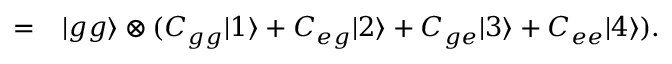
\begin{array} { r l } { = } & { { } | g g \rangle \otimes ( C _ { g g } | 1 \rangle + C _ { e g } | 2 \rangle + C _ { g e } | 3 \rangle + C _ { e e } | 4 \rangle ) . } \end{array}